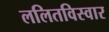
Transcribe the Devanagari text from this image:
ललितविस्वार